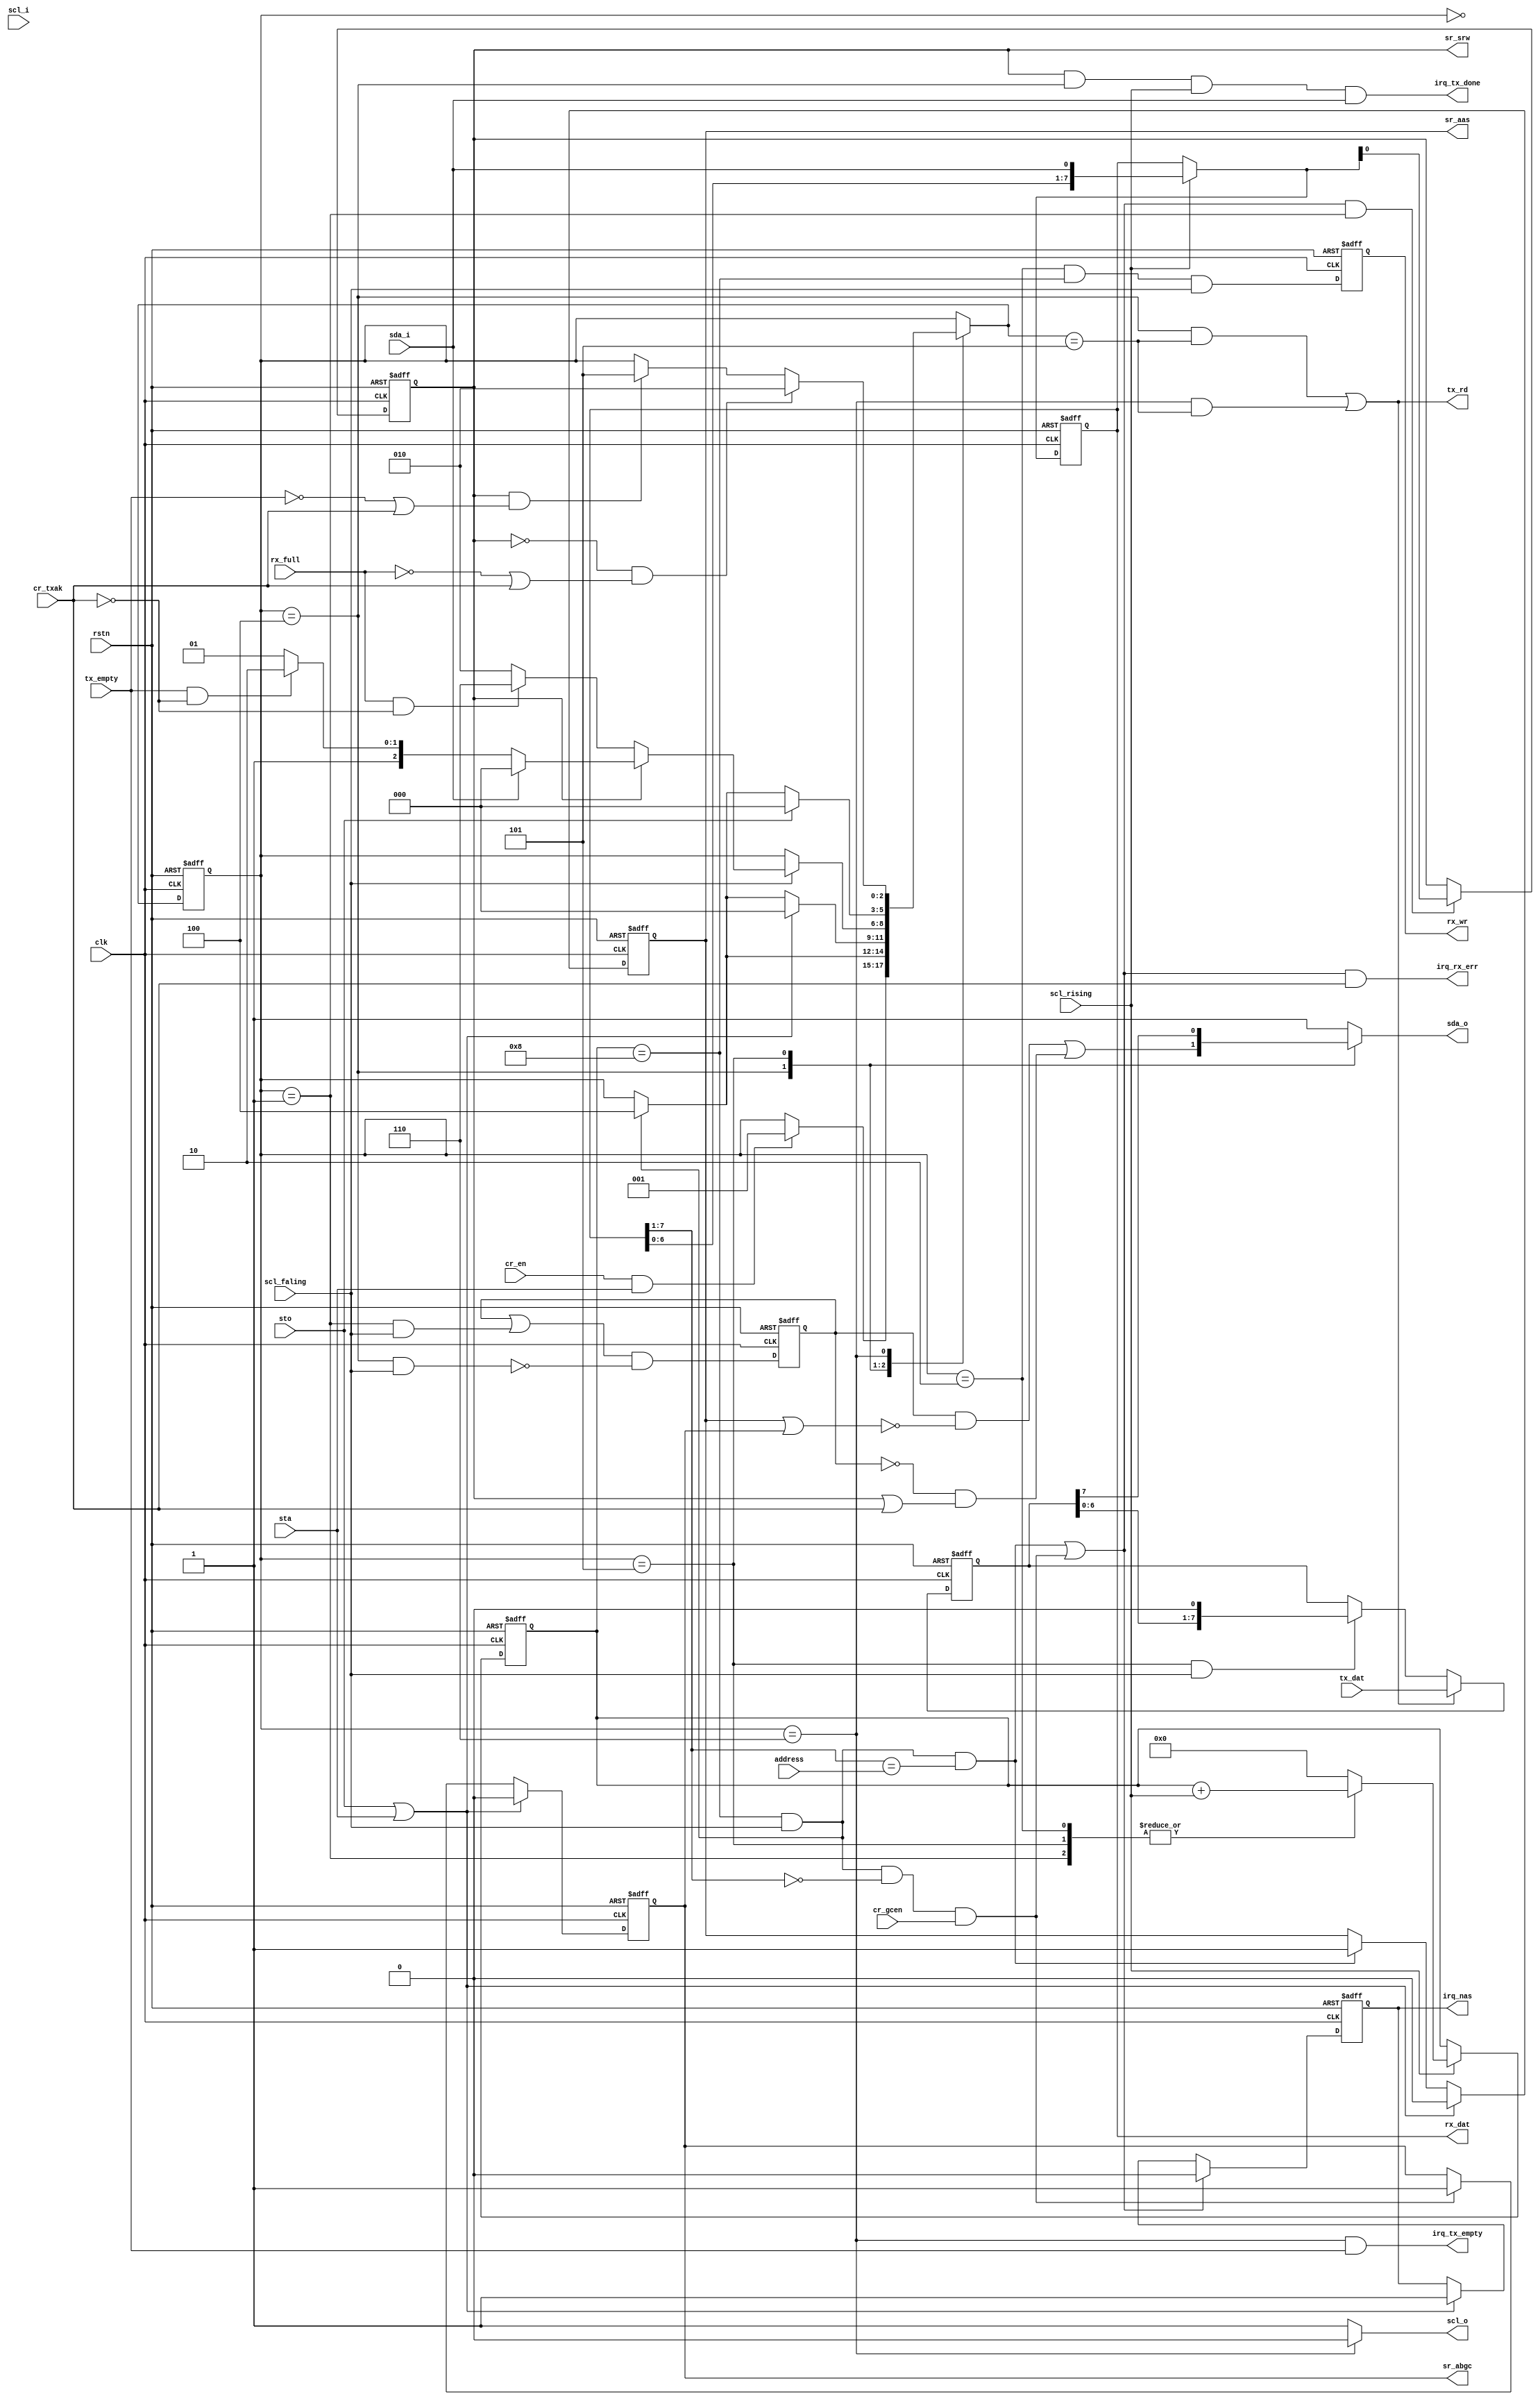
module i2c_slv(
    input           clk,
    input           rstn,

    input   [6:0]   address,

    input           cr_en,
    input           cr_gcen,
    input           cr_txak,
    output reg      sr_aas, // addressed as slave
    output reg      sr_abgc,
    output reg      sr_srw,
    output reg      irq_nas,// not addressed as slave
    output          irq_tx_empty,
    output          irq_tx_done,
    output          irq_rx_err,

    input           tx_empty,
    output          tx_rd,
    input   [7:0]   tx_dat,

    input           rx_full,
    output reg      rx_wr,
    output  [7:0]   rx_dat,

    input           sta,
    input           sto,
    input           scl_rising, // TODO, this should be adjustable
    input           scl_faling,
    output reg      sda_o,
    input           sda_i,
    output reg      scl_o,
    input           scl_i
);


localparam IDLE      = 3'b000,
           HEADER    = 3'b001,
           RECV_DATA = 3'b010,
           NAK       = 3'b011,
           ACK       = 3'b100,
           XMIT_DATA = 3'b101,
           SUSPEND   = 3'b110;

reg [2:0] state, nstate;
reg [3:0] cnt;
reg [3:0] cnt_nxt;
reg [7:0] rx_shift;
wire[7:0] rx_shift_nxt;
reg [7:0] tx_shift;
wire[7:0] tx_shift_nxt;
wire      aas_set;
wire      nas_set;
wire      nas_clr;
wire      srw_set;
wire      gc_set;
wire      ack_set;
wire      aas_nxt;
wire      abgc_nxt;
wire      rx_wr_nxt;
wire      cnt_8;
wire      header_ack_set;
wire      header_ack_clr;
reg       header_ack;

assign cnt_8   = cnt[3:0] == 8;

assign aas_set = cnt_8 && scl_faling && rx_shift[7:1] == address;
assign gc_set  = cnt_8 && scl_faling && rx_shift[7:1] == 7'b0 && cr_gcen;

assign srw_set = (aas_set || gc_set) && state == HEADER;

assign rx_shift_nxt = scl_rising ? {rx_shift[6:0], sda_i} : rx_shift[7:0];

assign ack_set = srw_set;

assign aas_nxt = (sto || sta)  ? 1'b0 : 
                 aas_set       ? 1'b1 : sr_aas;

assign abgc_nxt= (sto || sta) ? 1'b0 :
                 gc_set       ? 1'b1 : sr_abgc;

assign nas_clr = aas_set || gc_set;
assign nas_set = sto || sta;

assign nas_nxt = nas_clr ? 1'b0 : 
                 nas_set ? 1'b1 : 
                 irq_nas ;

assign irq_rx_err  = (aas_set || gc_set) && cr_txak;
assign irq_tx_done = (sr_srw) && (state == ACK) && scl_rising && sda_i;
assign irq_tx_empty= state == SUSPEND && tx_empty;


assign rx_wr_nxt = state == RECV_DATA && cnt_8 && scl_faling;
assign rx_dat    = rx_shift;

assign tx_rd     = state == ACK && nstate == XMIT_DATA ||
                   state == SUSPEND && nstate == XMIT_DATA ;

assign tx_shift_nxt = tx_rd ? tx_dat :
                      state == XMIT_DATA && scl_faling ? tx_shift << 1 :
                      tx_shift;

assign header_ack_set = state == HEADER && scl_faling;
assign header_ack_clr = state == ACK && scl_faling;

always@(*)
begin
    nstate[2:0]  = state[2:0];
    cnt_nxt[3:0] = 0;
    sda_o        = 1'b1;
    scl_o        = 1'b1;
    case(state)
        IDLE : begin
            if(cr_en && sta)
                nstate[2:0] = HEADER;
        end
        
        HEADER : begin
            cnt_nxt[3:0] = cnt[3:0] + scl_rising;
            if(cnt_8 && scl_faling)
                nstate[2:0] = ACK;
        end

        RECV_DATA : begin
            cnt_nxt[3:0] = cnt[3:0] + scl_rising;
            if(sto||sta)
                nstate[2:0] = IDLE;
            else if(cnt_8 && scl_faling) begin
                nstate[2:0] = ACK;
            end
        end

        ACK : begin
            cnt_nxt[3:0] = scl_rising ? 4'b0 : cnt[3:0];
            sda_o = header_ack && !(sr_aas || sr_abgc) ||
                    (!header_ack) && (sr_srw || cr_txak);

            if(scl_faling) begin
                if(sr_srw) begin
                    if(sda_i)
                        nstate[2:0] = IDLE;
                    else if(tx_empty && (!cr_txak))
                        nstate[2:0] = SUSPEND;
                    else
                        nstate[2:0] = XMIT_DATA;
                end
                else begin
                    if(rx_full && (!cr_txak))
                        nstate[2:0] = SUSPEND;
                    else
                        nstate[2:0] = RECV_DATA; 
                end
            end
        end

        XMIT_DATA : begin
            cnt_nxt[3:0] = cnt[3:0] + scl_rising;
            sda_o = tx_shift[7];
            if(sto)
                nstate[2:0] = IDLE;
            else if(cnt_8 && scl_faling) begin
                nstate[2:0] = ACK;
            end
        end

        SUSPEND : begin
            scl_o = 0;
            if(!sr_srw && (!rx_full || cr_txak))
                nstate[2:0] = RECV_DATA; 
            else if(sr_srw && (!tx_empty || cr_txak))
                nstate[2:0] = XMIT_DATA;
        end

        default : ;
    endcase
end



always@(posedge clk or negedge rstn)
begin
    if(!rstn) begin
        state[2:0]      <= IDLE;
        rx_shift[7:0]   <= 8'b0;
        tx_shift[7:0]   <= 8'b0;
        sr_srw          <= 1'b0;
        sr_aas          <= 1'b0;
        sr_abgc         <= 1'b0;
        irq_nas         <= 1'b1;
        rx_wr           <= 1'b0;
        cnt[3:0]        <= 3'b0;
        header_ack      <= 1'b0;
    end
    else begin
        state[2:0]      <= nstate[2:0];
        rx_shift[7:0]   <= rx_shift_nxt[7:0];
        tx_shift[7:0]   <= tx_shift_nxt[7:0];
        if(srw_set)
            sr_srw      <= rx_shift_nxt[0];
        sr_aas          <= aas_nxt;
        sr_abgc         <= abgc_nxt;
        irq_nas         <= nas_nxt;
        rx_wr           <= rx_wr_nxt;
        if(scl_rising) 
            cnt[3:0]        <= cnt_nxt[3:0];

        header_ack      <= (header_ack || header_ack_set) & (~header_ack_clr);
    end
end

endmodule